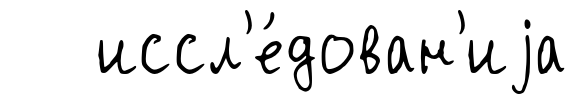
иссл'е́дован'иjа